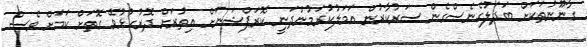
ގާނޫނުތަކަށް ބަދަލުގެނެސްގެން ސަރުކާރުން އަމަލުކުރަމުންދަނީ ކޮރަޕްޝަނަށް އިތުރަށް ދޮރުހުޅުވޭ ގޮތަށް ކަމަށް ވެސް